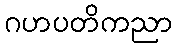
ဂဟပတိကညာ